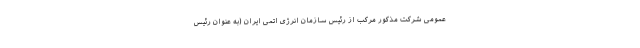
عمومی شرکت مذکور مرکب از رئیس سازمان انرژی اتمی ایران (به عنوان رئیس